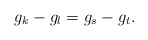
\begin{align*}g_k-g_l=g_s-g_t.\end{align*}